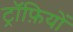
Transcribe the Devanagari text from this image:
ट्रॉफ़ियों